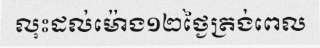
លុះដល់ម៉ោង១២ថ្ងៃត្រង់ពេល